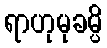
ရာဟုမုခမ္ပိ